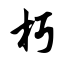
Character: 朽